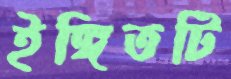
ইঙ্গিতটি